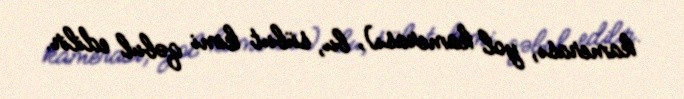
kamerası, yol kamerası), bu, sübut kimi qəbul edilir.